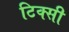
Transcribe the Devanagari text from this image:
टिक्सी